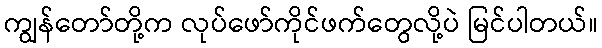
ကျွန်တော်တို့က လုပ်ဖော်ကိုင်ဖက်တွေလို့ပဲ မြင်ပါတယ်။